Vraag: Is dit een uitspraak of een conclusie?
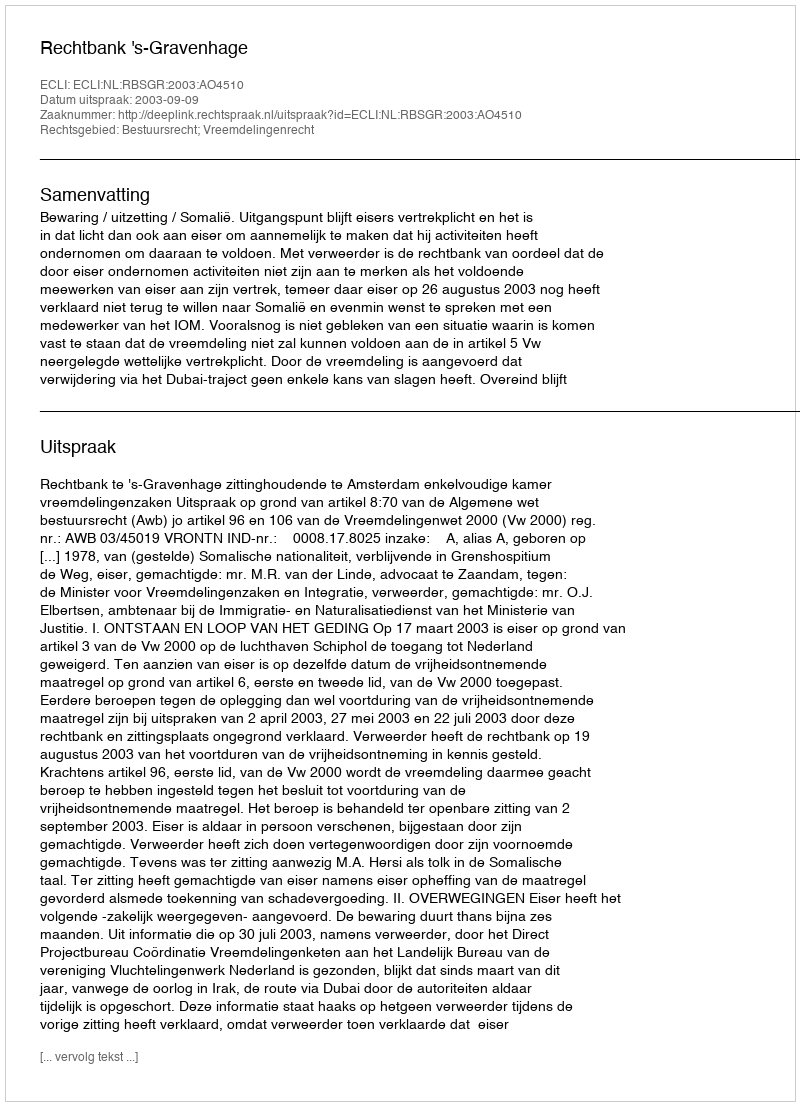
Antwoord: Uitspraak